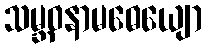
သမ္ဘဝနာမဓေယျော